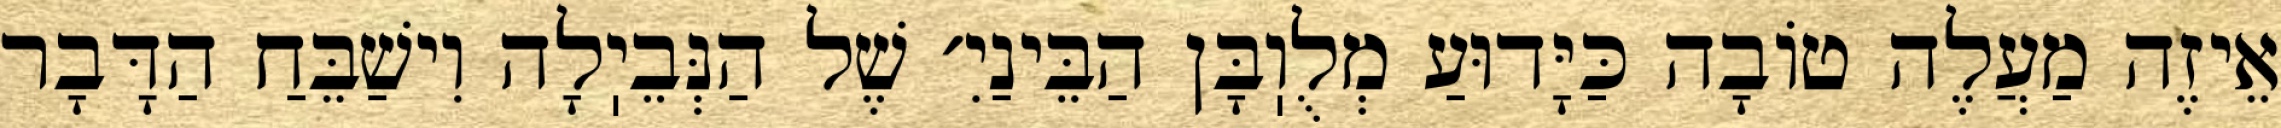
אֵיזֶה מַעֲלֶה טוֹבָה כַּיָּדוּעַ מְלֻוֽבָּן הַבֵּינַיִ׳ שֶׁל הַנְּבֵיֽלָה וִישַׁבֵּחַ הַדָּבָר